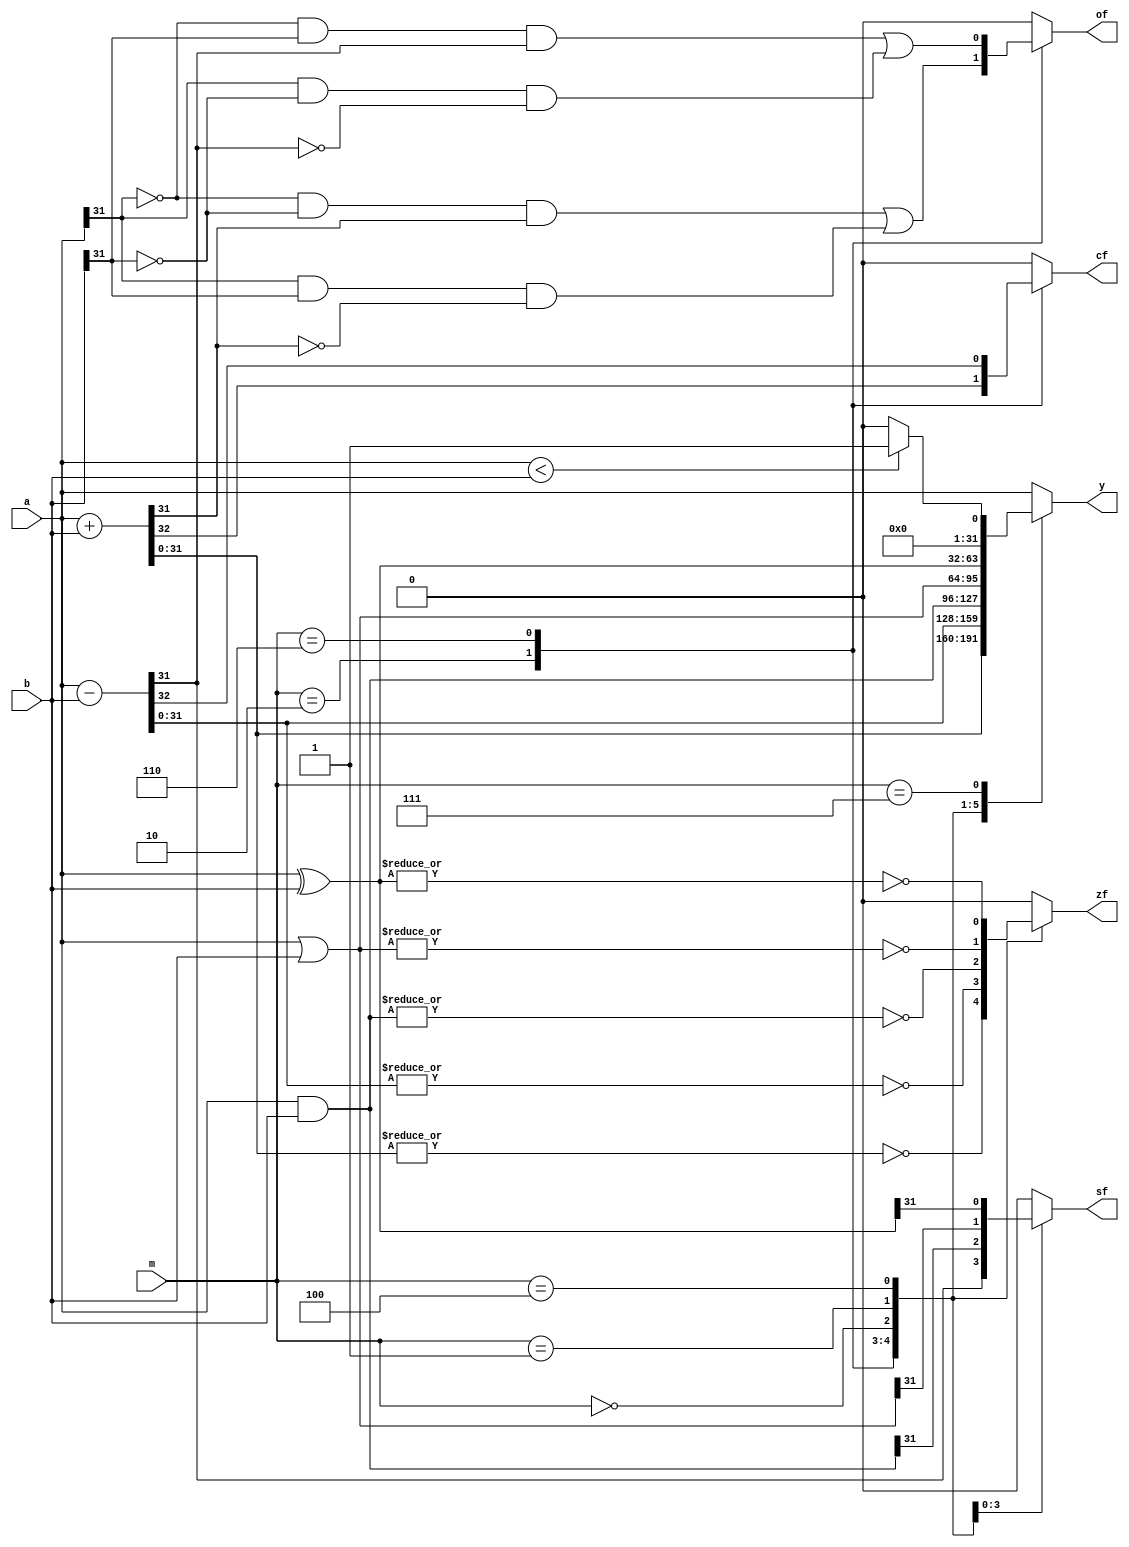
`timescale 1ns / 1ps
//////////////////////////////////////////////////////////////////////////////////
// Company: 
// Engineer: 
// 
// Design Name: 
// Module Name: ALU
// Project Name: 
// Target Devices: 
// Tool Versions: 
// Description: 
// 
// Dependencies: 
// 
// Revision:
// Revision 0.01 - File Created
// Additional Comments:
// 
//////////////////////////////////////////////////////////////////////////////////

// on basis of the COD 5th edition, we use the following parameters
module ALU
    #(parameter WIDTH = 32) 	// data width
(
    output reg [WIDTH-1:0] y,   // calculation result
    output reg zf,              // zero sign
    output reg cf,              // jinwei sign
	output reg of,				// yichu
	output reg sf,				// for signed cal
	input [WIDTH-1:0] a,
	input [WIDTH-1:0] b,
	input [2:0] m				// type
);

	localparam ADD = 3'b010;
    localparam SUBTRACT = 3'b110;
    localparam AND = 3'b000;
    localparam OR = 3'b001;
    localparam XOR = 3'b100;
    localparam SLT = 3'b111;

    always @(*) begin
		{zf,of,cf,sf} = 4'b0000;
		case (m)
			ADD:  begin
				{cf, y} = a + b;
				of = (~a[WIDTH-1] & ~b[WIDTH-1] & y[WIDTH-1]) | (a[WIDTH-1] & b[WIDTH-1] & ~y[WIDTH-1]);
				zf = ~|y;
			end
			SUBTRACT: begin
				{cf, y} = a - b;
				of = (~a[WIDTH-1] & b[WIDTH-1] & y[WIDTH-1]) | (a[WIDTH-1] & ~b[WIDTH-1] & ~y[WIDTH-1]);
				zf = ~|y;
				sf = y[WIDTH-1];
			end
			AND: begin
				y = a & b;
				zf = ~|y;
				sf = y[WIDTH-1];
			end
			OR: begin
				y = a | b;
				zf = ~|y;
				sf = y[WIDTH-1];
			end
			XOR: begin
				y = a ^ b;
				zf = ~|y;
				sf = y[WIDTH-1];
			end
            SLT: begin
                y = (a < b) ? 32'b1 : 32'b0;
            end
			default: y = a;
		endcase
	end
endmodule